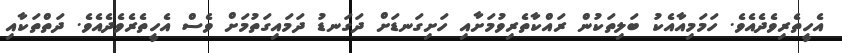
އެހީތެރިވެދެއެވެ. ހަމަމިއާއެކު ބަލިތަކުން ރައްކާތެރިވުމަށާއި ހަށިގަނޑަށް ދަގަނޑު ދަމައިގަތުމަށް ވެސް އެހީތެރެވެދެއެވެ. ދަތްތަކާއި